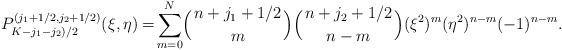
LaTeX: \begin{align*}P^{(j_1+1/2,j_2+1/2)}_{K-j_1-j_2)/2}(\xi,\eta)=\!\sum^N_{m=0}\!\Big({n+j_1+1/2 \atop m}\Big)\Big({n+j_2+1/2 \atop n-m}\Big)(\xi^2)^m (\eta^2)^{n-m} (-1)^{n-m}. \end{align*}